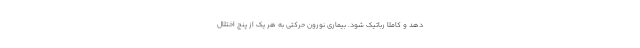
دهد و کاملاً رباتیک شود. بیماری نورون حرکتی به هر یک از پنج اختلال